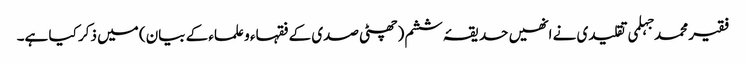
فقیر محمد جہلمی تقلیدی نے انھیں حدیقۂ ششم (چھٹی صدی کے فقہاء و علماء کے بیان) میں ذکر کیا ہے۔